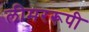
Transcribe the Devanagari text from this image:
लीमररूपी